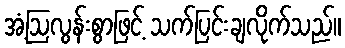
အံ့ဩလွန်းစွာဖြင့် သက်ပြင်းချလိုက်သည်။